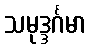
သမုဒ္ဒင်္ဂမာ